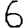
Digit: 6